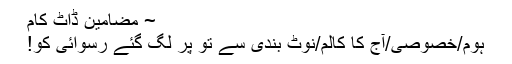
~ مضامین ڈاٹ کام
ہوم/خصوصی/آج کا کالم/نوٹ بندی سے تو پر لگ گئے رسوائی کو!